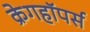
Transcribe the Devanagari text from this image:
क्रेगहॉपर्स